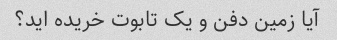
آیا زمین دفن و یک تابوت خریده اید؟